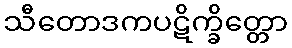
သီတောဒကပဋိက္ခိတ္တော